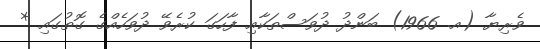
ވެރިޔާ (އ. 1966) ބަންދު ދުވަސްތަކާއި ފާހަގަ ކުރެވޭ ދުވަހެއްގެ ގޮތުގައި *